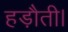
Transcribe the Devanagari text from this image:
हड़ौती।